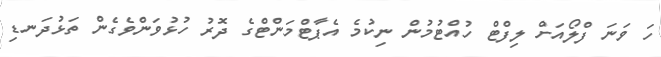
ހަ ވަނަ ފްލޯއަށް ލިފްޓް ހުއްޓުމުން ނިކުމެ އެޕާޓްމަންޓްގެ ދޮރު ހުޅުވަންވެގެން ތަޅުދަނޑި